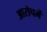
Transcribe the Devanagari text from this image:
आरोपमें